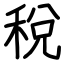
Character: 稅